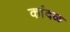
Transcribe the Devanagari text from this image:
कांदळ